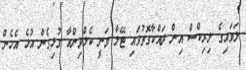
ލަވައިގެ ލިރިކްސް އިން ދައްކާގޮތުގައި ޓޭލާ ވަނީ ކެލްވިންއާ ގުޅިގެން އުޅެ އެހެން